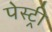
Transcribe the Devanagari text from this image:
पेस्‍ट्री